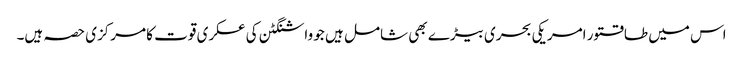
اس میں طاقتور امریکی بحری بیڑے بھی شامل ہیں جو واشنگٹن کی عسکری قوت کا مرکزی حصہ ہیں۔